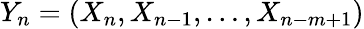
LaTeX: Y_{n}=\left(X_{n},X_{n-1},\ldots,X_{n-m+1}\right)